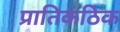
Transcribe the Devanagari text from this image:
प्रातिकंठिक